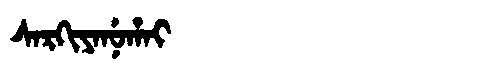
Manchu: ᠰᠠᡵᡴᡳᠶᠠᠨᡠᡥᠠᡳ
Romanization: SARKIYANUHAI